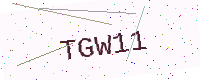
Text: TGW11